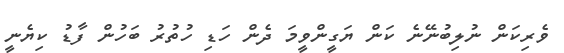
ވެރިކަން ނުލިބުނޭނެ ކަން ޔަގީންވީމަ ދެން ހަޑި ހުތުރު ބަހުން ފާޑު ކިޔެނީ